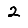
Digit: 2